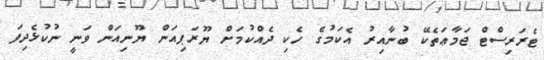
ޓެރަރިސްޓް ޖަމާޢަތެކޭ ބުނާއިރު އެކަމުގެ ހެކި ދެއްކުމަށް ޔޫރަޕިއަން ޔޫނިއަން ވަނީ ނުކުޅެދިފަ